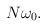
LaTeX: \begin{align*}N\omega_0.\end{align*}